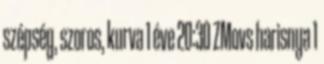
szépség, szoros, kurva 1 éve 20:30 ZMovs harisnya 1